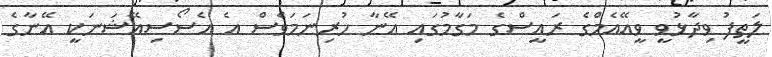
ލަތީފު ވިދާޅުވީ ވީއޭއެމްގެ ރައީސްގެ މަގާމުގައި އޭނާ ހުރިނަމަވެސް އެ އެސޯސިއޭޝަނަކީ އޭނާގެ